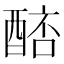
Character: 𨡥